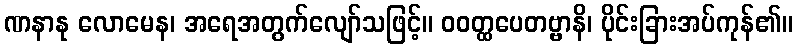
ဏနာနု လောမေန၊ အရေအတွက်လျော်သဖြင့်။ ဝဝတ္ထပေတဗ္ဗာနိ၊ ပိုင်းခြားအပ်ကုန်၏။